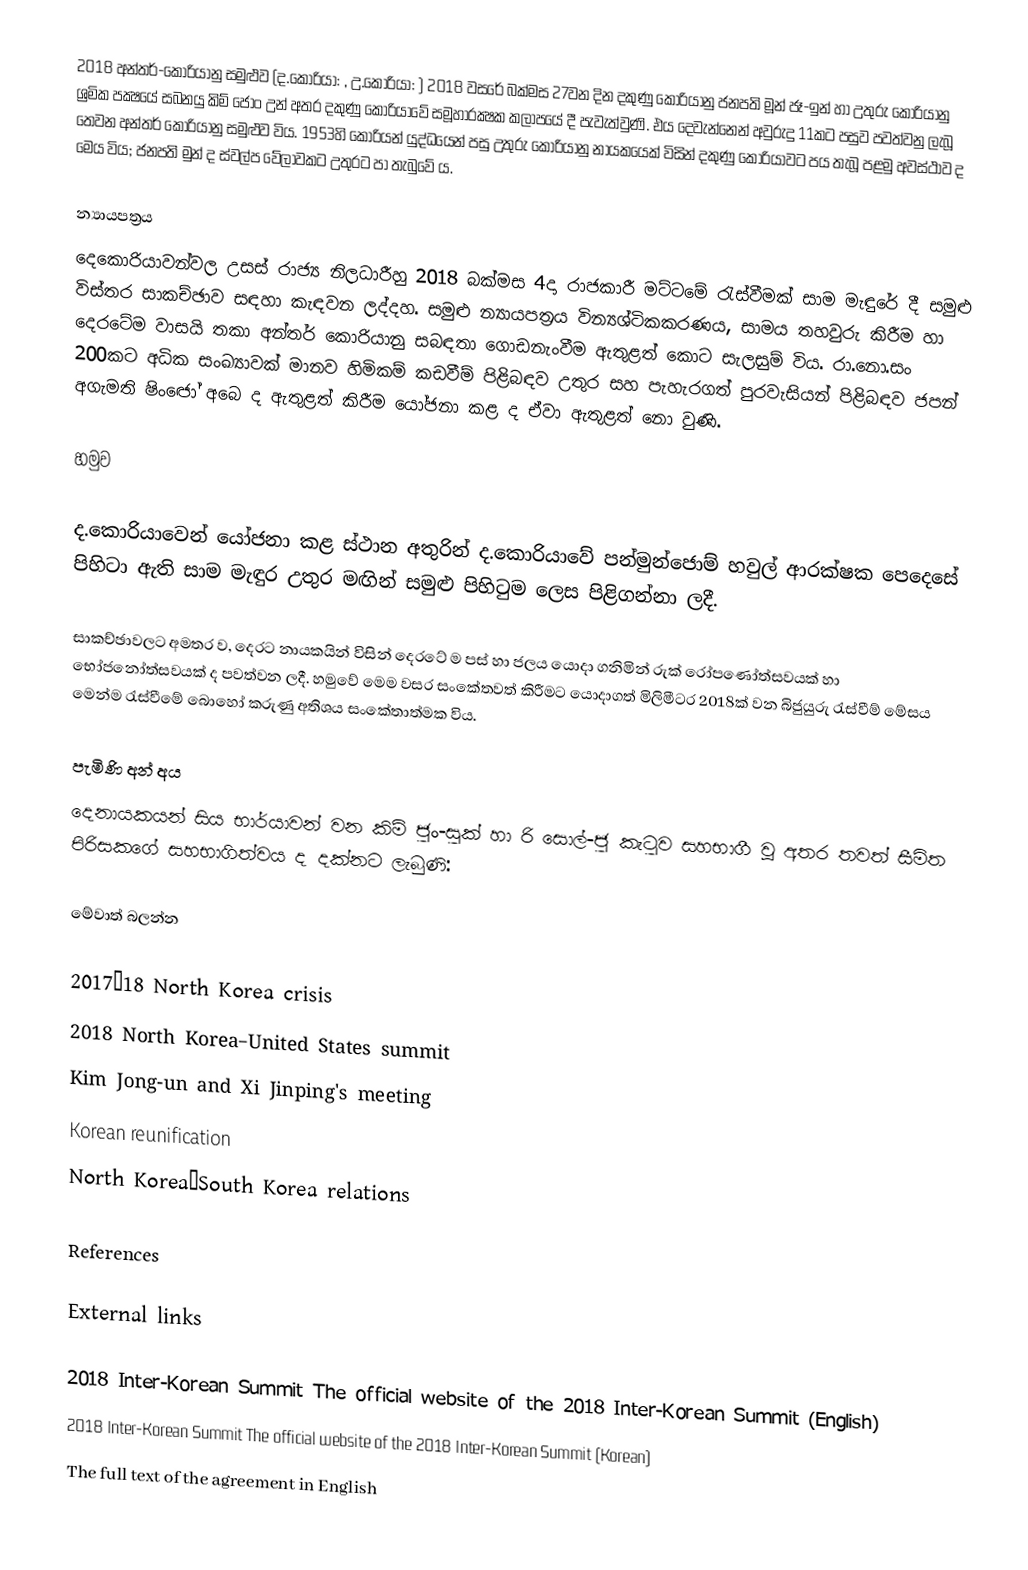
2018 අන්තර්-කොරියානු සමුළුව (ද.කොරියා: , උ.කොරියා: ) 2018 වසරේ බක්මස 27වන දින දකුණු කොරියානු ජනපති මූන් ජෑ-ඉන් හා උතුරු කොරියානු ශ්‍රමික පක්‍ෂයේ සබනයු කිම් ජොං උන් අතර දකුණු කොරියාවේ සමූහාරක්‍ෂක කලාපයේ දී පැවැත්වුණි. එය දෙවැන්නෙන් අවුරුදු 11කට පසුව පවත්වනු ලැබූ තෙවන අන්තර් කොරියානු සමුළුව විය. 1953හි කොරියන් යුද්ධයෙන් පසු උතුරු කොරියානු නායකයෙක් විසින් දකුණු කොරියාවට පය තැබූ පළමු අවස්ථාව ද මෙය විය; ජනපති මුන් ද ස්වල්ප වේලාවකට උතුරට පා තැබුවේ ය.

න්‍යායපත්‍රය
දෙකොරියාවන්වල උසස් රාජ්‍ය නිලධාරීහු 2018 බක්මස 4දා රාජකාරී මට්ටමේ රැස්වීමක් සාම මැඳුරේ දී සමුළු විස්තර සාකච්ඡාව සඳහා කැඳවන ලද්දහ. සමුළු න්‍යායපත්‍රය වින්‍යශ්ටිකකරණය, සාමය තහවුරු කිරීම හා දෙරටේම වාසයි තකා අන්තර් කොරියානු සබඳතා ගොඩනැංවීම ඇතුළත් කොට සැලසුම් විය. රා.නො.සං 200කට අධික සංඛ්‍යාවක් මානව හිමිකම් කඩවීම් පිළිබඳව උතුර සහ පැහැරගත් පුරවැසියන් පිළිබඳව ජපන් අගැමති ෂිංඦෝ අබෙ ද ඇතුළත් කිරීම යෝජනා කළ ද ඒවා ඇතුළත් නො වුණි.

හමුව

ද.කොරියාවෙන් යෝජනා කළ ස්ථාන අතුරින් ද.කොරියාවේ පන්මුන්ජොම් හවුල් ආරක්ෂක පෙදෙසේ පිහිටා ඇති සාම මැඳුර උතුර මඟින් සමුළු පිහිටුම ලෙස පිළිගන්නා ලදී.

සාකච්ඡාවලට අමතර ව, දෙරට නායකයින් විසින් දෙරටේ ම පස් හා ජලය යොදා ගනිමින් රුක් රෝපණෝත්සවයක් හා භෝජනෝත්සවයක් ද පවත්වන ලදී. හමුවේ මෙම වසර සංකේතවත් කිරීමට යොදාගත්  මිලිමීටර 2018ක් වන බිජුයුරු රැස්වීම් මේසය මෙන්ම රැස්වීමේ බොහෝ කරුණු අතිශය සංකේතාත්මක විය.

පැමිණි අන් අය
දෙනායකයන් සිය භාර්යාවන් වන කිම් ජුං-සුක් හා රි සොල්-ජු කැටුව සහභාගී වූ අතර තවත් සීමිත පිරිසකගේ සහභාගිත්වය ද දක්නට ලැබුණි:

මේවාත් බලන්න

 2017–18 North Korea crisis
 2018 North Korea–United States summit
 Kim Jong-un and Xi Jinping's meeting
 Korean reunification
 North Korea–South Korea relations

References

External links

 2018 Inter-Korean Summit The official website of the 2018 Inter-Korean Summit (English)
 2018 Inter-Korean Summit The official website of the 2018 Inter-Korean Summit (Korean)
 The full text of the agreement in English